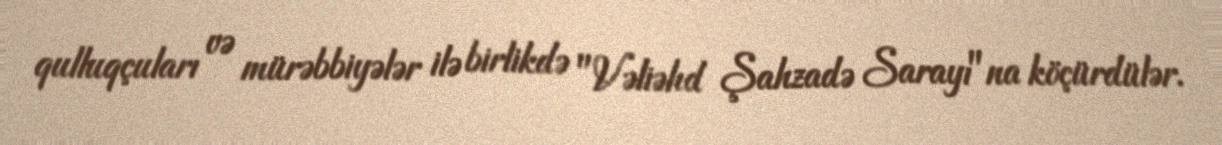
qulluqçuları və mürəbbiyələr ilə birlikdə "Vəliəhd Şahzadə Sarayı"na köçürdülər.